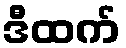
ဒီထက်